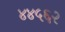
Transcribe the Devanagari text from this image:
४४५६२